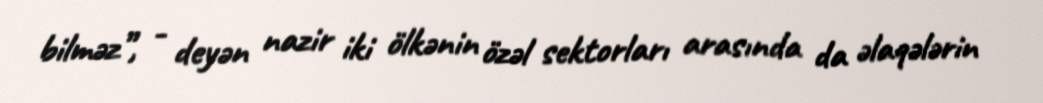
bilməz”, - deyən nazir iki ölkənin özəl sektorları arasında da əlaqələrin